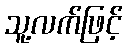
သူ့လက်ဖြင့်